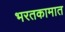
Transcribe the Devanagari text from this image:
भरतकामात